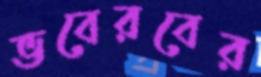
ভবেরবের